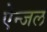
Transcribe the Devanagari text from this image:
ऐन्जल